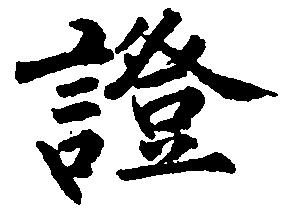
証